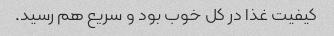
کیفیت غذا در کل خوب بود و سریع هم رسید.